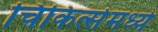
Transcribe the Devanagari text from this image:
चिकित्सेमध्ये